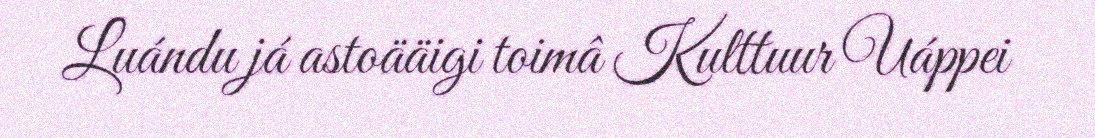
Luándu já astoääigi toimâ Kulttuur Uáppei